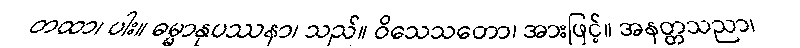
တထာ၊ ပါး။ ဓမ္မာနုပဿနာ၊ သည်။ ဝိသေသတော၊ အားဖြင့်။ အနတ္တသညာ၊